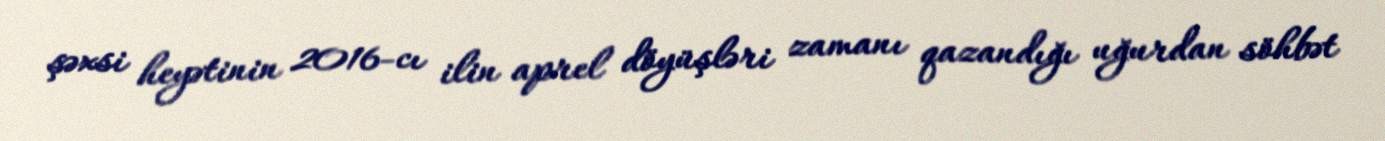
şəxsi heyətinin 2016-cı ilin aprel döyüşləri zamanı qazandığı uğurdan söhbət